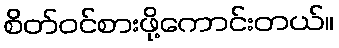
စိတ်ဝင်စားဖို့ကောင်းတယ်။